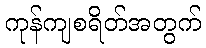
ကုန်ကျစရိတ်အတွက်